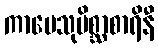
ကာမေသုမိစ္ဆာစာရိနီ